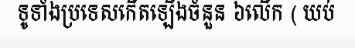
ទូទាំងប្រទេសកើតឡើងចំនួន ៦លើក ( យប់